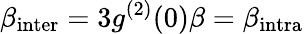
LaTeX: \beta_{\mathrm{{inter}}}=3g^{(2)}(0)\beta=\beta_{\mathrm{{intra}}}